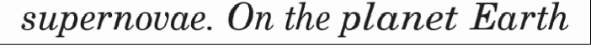
supernovae. On the planet Earth